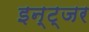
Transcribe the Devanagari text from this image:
इन्ट्जर